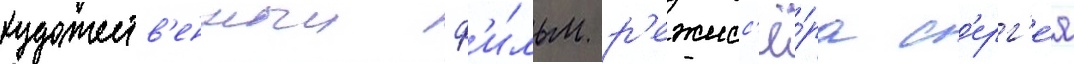
художеств'енныи ф'и́льм р'ежисс'ё́ра с'ерг'е́я